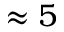
\approx 5